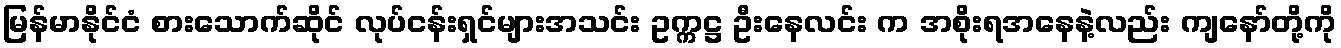
မြန်မာနိုင်ငံ စားသောက်ဆိုင် လုပ်ငန်းရှင်များအသင်း ဥက္ကဋ္ဌ ဦးနေလင်း က အစိုးရအနေနဲ့လည်း ကျနော်တို့ကို